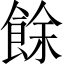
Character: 餘